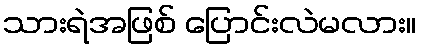
သားရဲအဖြစ် ပြောင်းလဲမလား။